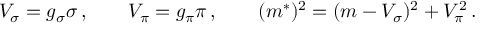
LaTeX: V _ { \sigma } = g _ { \sigma } \sigma \, , \qquad V _ { \pi } = g _ { \pi } \pi \, , \qquad ( m ^ { * } ) ^ { 2 } = ( m - V _ { \sigma } ) ^ { 2 } + V _ { \pi } ^ { 2 } \, .